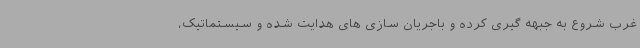
غرب شروع به جبهه گیری کرده و باجریان سازی های هدایت شده و سیستماتیک،